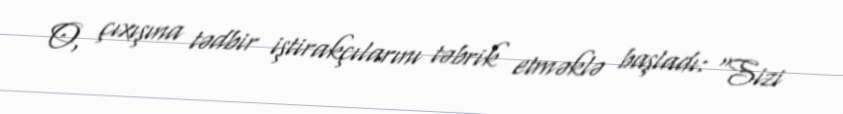
O, çıxışına tədbir iştirakçılarını təbrik etməklə başladı: “Sizi